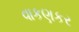
વાકણકર